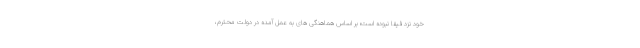
خود نزد فیفا نبوده است؛ بر اساس هماهنگی های به عمل آمده در دولت محترم،